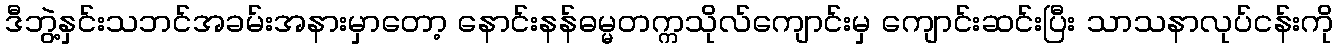
ဒီဘွဲ့နှင်းသဘင်အခမ်းအနားမှာတော့ နောင်းနန်ဓမ္မတက္ကသိုလ်ကျောင်းမှ ကျောင်းဆင်းပြီး သာသနာလုပ်ငန်းကို